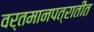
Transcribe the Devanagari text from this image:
वर्तमानपत्रातीत